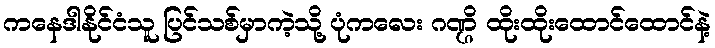
ကနေဒါနိုင်ငံသူ ပြင်သစ်မှာကဲ့သို့ ပုံကလေး ဂဏ္ဌိ ထိုးထိုးထောင်ထောင်နဲ့